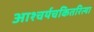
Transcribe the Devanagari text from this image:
आश्चर्यचकितरित्या